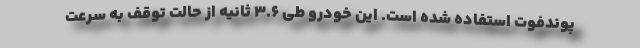
پوندفوت استفاده شده است. این خودرو طی 3.6 ثانیه از حالت توقف به سرعت